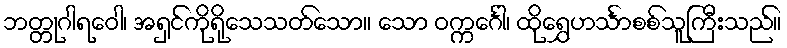
ဘတ္တုဂါရဝေါ၊ အရှင်ကိုရိုသေသတ်သော။ သော ဝက္ကင်္ဂေါ၊ ထိုရွှေဟင်္သာစစ်သူကြီးသည်။